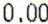
0.00